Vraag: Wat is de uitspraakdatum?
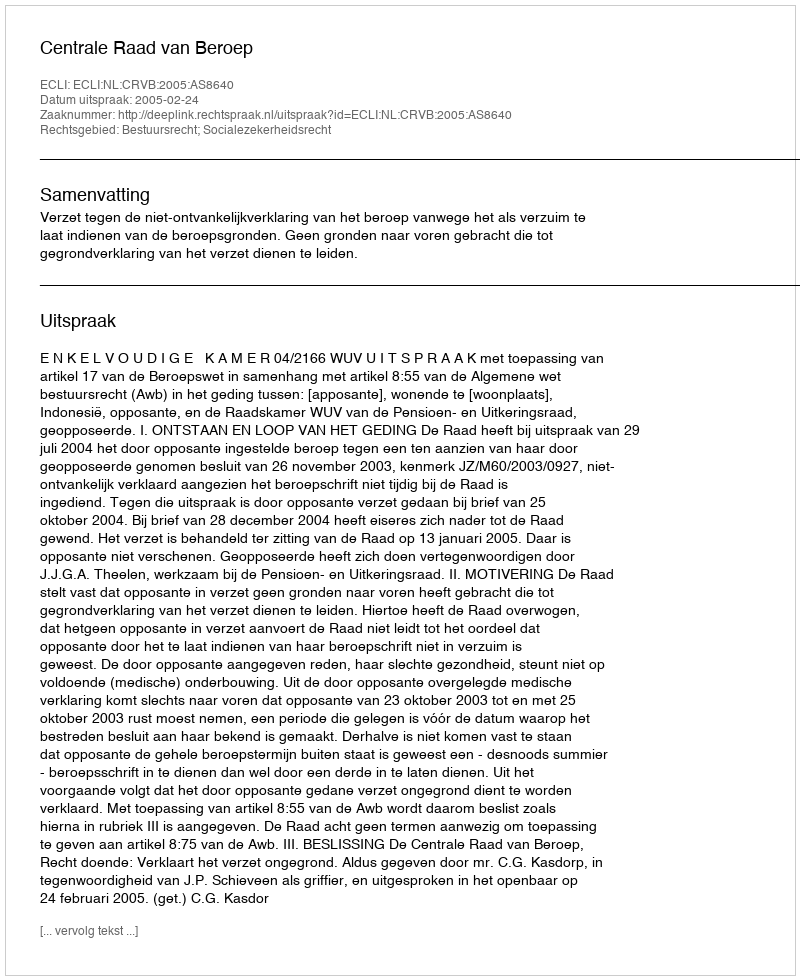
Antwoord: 2005-02-24